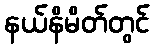
နယ်နိမိတ်တွင်